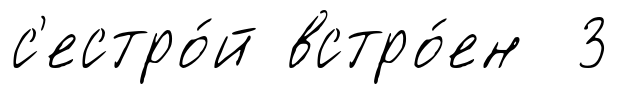
с'естро́й встро́ен 3